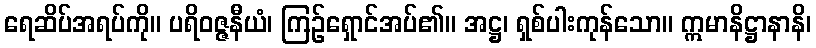
ရေဆိပ်အရပ်ကို။ ပရိဝဇ္ဇနီယံ၊ ကြဉ်ရှောင်အပ်၏။ အဋ္ဌ၊ ရှစ်ပါးကုန်သော။ ဣမာနိဋ္ဌာနာနိ၊